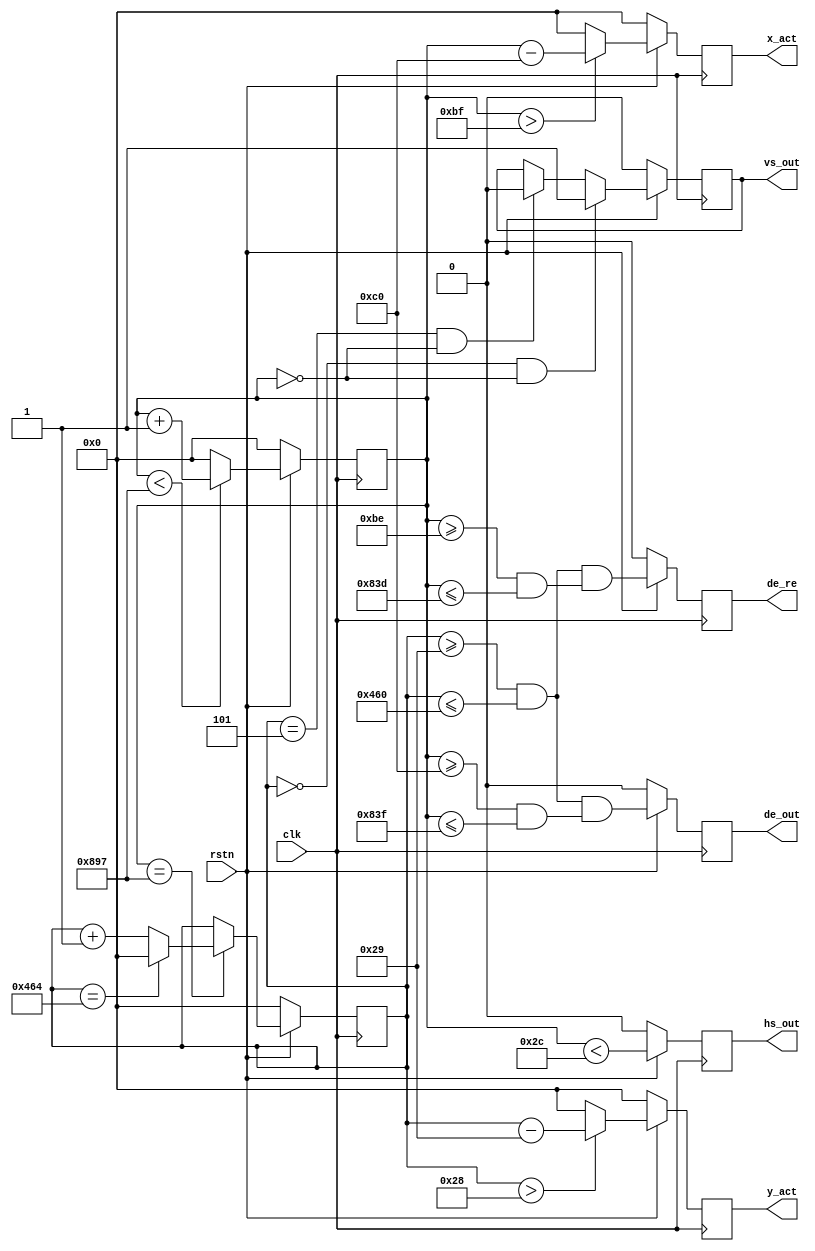
`timescale 1ns / 1ps
//////////////////////////////////////////////////////////////////////////////////
// Company: Myminieye
// 
// Design Name:  
// Module Name:    sync_vg
// QQ Group   :    
// Project Name: 
// Target Devices: 
// Tool Versions: 
// Description: 
// 
// Dependencies: 
//    VS     ______                                       ______
//HS  __    |      |___________________________________|      |
//   |       h_sync  h_bp       h_act                h_fp
//   |__                    _______________________
//DE    |   _______________|                       |_____________
//      |
//      .
//      |
//    __|
//   |  
//   |__ 
//      |
// Revision: v1.0
// Revision 0.01 - File Created
// Additional Comments:
// 
//////////////////////////////////////////////////////////////////////////////////
`define UD #1

module sync_gen_tb # (
    parameter               X_BITS=12,
    parameter               Y_BITS=12,
 
  //VESA64*3632*18
    parameter V_TOTAL = 12'd1125,
    parameter V_FP = 12'd4,
    parameter V_BP = 12'd36,
    parameter V_SYNC = 12'd5,
    parameter V_ACT = 12'd1080,
    parameter H_TOTAL = 12'd2200,
    parameter H_FP = 12'd88,
    parameter H_BP = 12'd148,
    parameter H_SYNC = 12'd44,
    parameter H_ACT = 12'd1920,
    parameter HV_OFFSET = 12'd0 

)(
    input                   clk,
    input                   rstn,
    output reg              vs_out,
    output reg              hs_out,
    output reg              de_out,
    output reg              de_re,
    output reg [X_BITS-1:0] x_act,
    output reg [Y_BITS-1:0] y_act
);

    reg [X_BITS-1:0] h_count;
    reg [Y_BITS-1:0] v_count;
    
    /* horizontal counter */
    always @(posedge clk)
    begin
        if (!rstn)
            h_count <= `UD 0;
        else
        begin
            if (h_count < H_TOTAL - 1)
                h_count <= `UD h_count + 1;
            else
                h_count <= `UD 0;
        end
    end
    
    /* vertical counter */
    always @(posedge clk)
    begin
        if (!rstn)
            v_count <= `UD 0;
        else
        if (h_count == H_TOTAL - 1)
        begin
            if (v_count == V_TOTAL - 1)
                v_count <= `UD 0;
            else
                v_count <= `UD v_count + 1;
        end
    end
    
    always @(posedge clk)
    begin
        if (!rstn)
            hs_out <= `UD 4'b0;
        else 
            hs_out <= `UD ((h_count < H_SYNC));
    end
    
    always @(posedge clk)
    begin
        if (!rstn)
            vs_out <= `UD 4'b0;
        else 
        begin
            if ((v_count == 0) && (h_count == HV_OFFSET))
                vs_out <= `UD 1'b1;
            else if ((v_count == V_SYNC) && (h_count == HV_OFFSET))
                vs_out <= `UD 1'b0;
            else
                vs_out <= `UD vs_out;
        end
    end
    
    always @(posedge clk)
    begin
        if (!rstn)
            de_out <= `UD 4'b0;
        else
            de_out <= (((v_count >= V_SYNC + V_BP) && (v_count <= V_TOTAL - V_FP - 1)) && 
                      ((h_count >= H_SYNC + H_BP) && (h_count <= H_TOTAL - H_FP - 1)));
    end

    always @(posedge clk)
    begin
        if (!rstn)
            de_re <= `UD 4'b0;
        else
            de_re <= (((v_count >= V_SYNC + V_BP) && (v_count <= V_TOTAL - V_FP - 1)) && 
                      ((h_count >= H_SYNC + H_BP-2'd2) && (h_count <= H_TOTAL - H_FP - 3)));
    end    
    // active pixels counter output
    always @(posedge clk)
    begin
        if (!rstn)
            x_act <= `UD 'd0;
        else 
        begin
        /* X coords C for a backend pattern generator */
            if(h_count > (H_SYNC + H_BP - 1'b1))
                x_act <= `UD (h_count - (H_SYNC + H_BP));
            else
                x_act <= `UD 'd0;
        end
    end
    
    always @(posedge clk)
    begin
        if (!rstn)
            y_act <= `UD 'd0;
        else 
        begin
            /* Y coords C for a backend pattern generator */
            if(v_count > (V_SYNC + V_BP - 1'b1))
                y_act <= `UD (v_count - (V_SYNC + V_BP));
            else
                y_act <= `UD 'd0;
        end
    end
    
endmodule